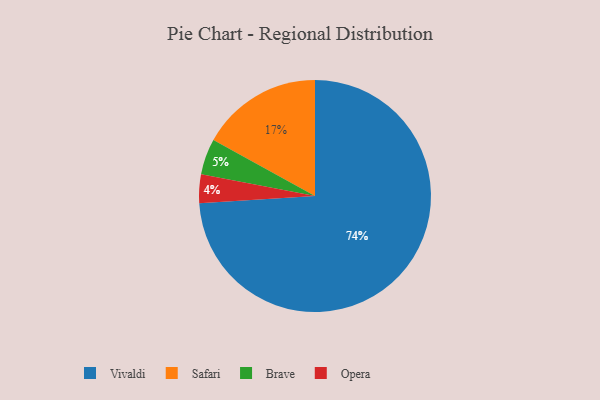
{"axis": {"x": "Category", "y": "Percentage"}, "legend": ["Brave", "Opera", "Safari", "Vivaldi"], "data": [{"x": "Brave", "y": 5, "type": "Brave"}, {"x": "Safari", "y": 17, "type": "Safari"}, {"x": "Opera", "y": 4, "type": "Opera"}, {"x": "Vivaldi", "y": 74, "type": "Vivaldi"}]}